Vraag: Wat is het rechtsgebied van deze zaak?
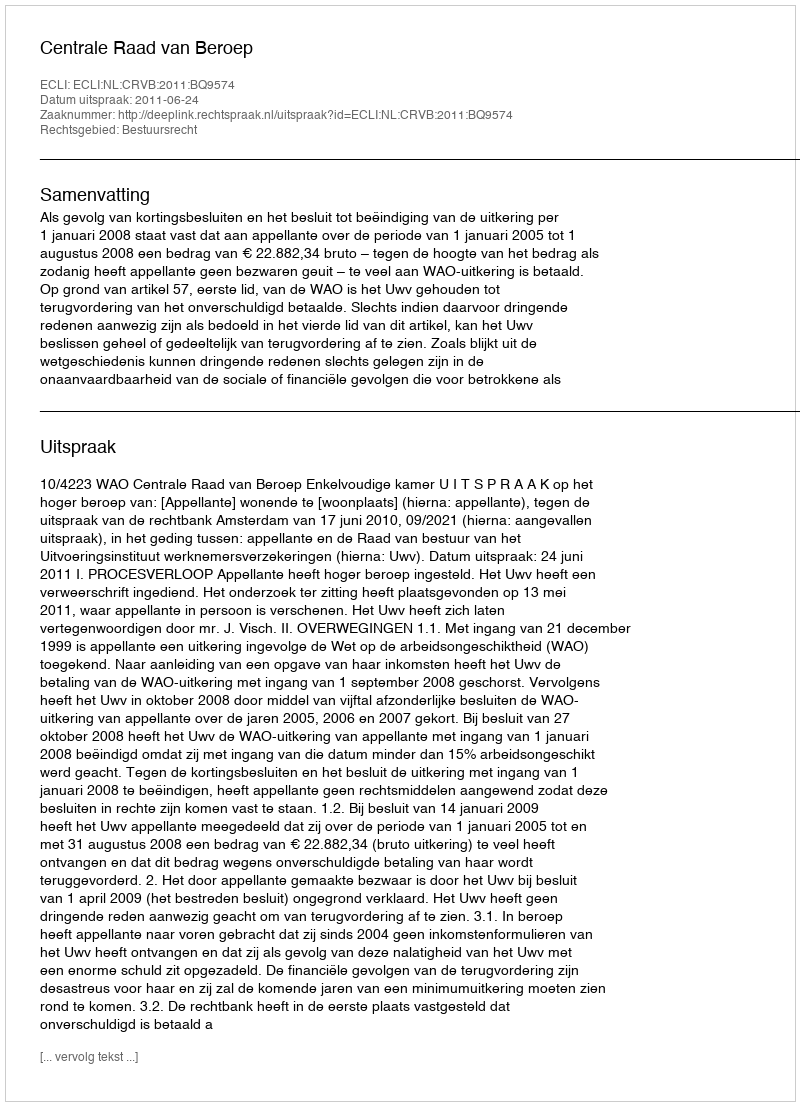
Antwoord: Bestuursrecht